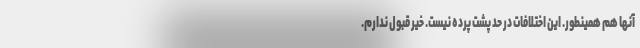
آنها هم همینطور. این اختلافات در حد پشت پرده نیست. خیر قبول ندارم.